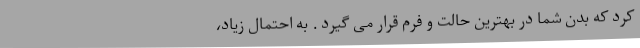
کرد که بدن شما در بهترین حالت و فرم قرار می گیرد . به احتمال زیاد،